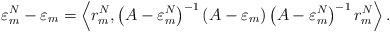
LaTeX: \begin{align*} \varepsilon_m^N - \varepsilon_m = \left\langle r_m^N , \left(A -\varepsilon_m^N\right)^{-1} \left(A - \varepsilon_m \right)\left(A -\varepsilon_m^N\right)^{-1} r_m^N \right\rangle. \end{align*}